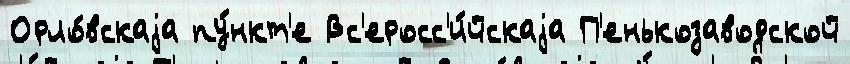
Орло́вскаjа пу́нкт'е Вс'еросс'и́йскаjа П'енькозаводской